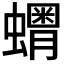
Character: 𧒞